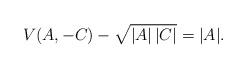
LaTeX: \begin{align*} V(A,-C)- \sqrt{|A|\,|C|} = |A|.\end{align*}